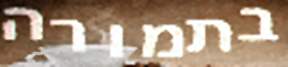
בתמורה